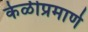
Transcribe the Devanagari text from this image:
केळीप्रमाणे